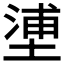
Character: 𡏋